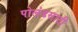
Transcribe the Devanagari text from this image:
पोलंडसाठी